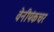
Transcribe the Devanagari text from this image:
वेनीपंकचर